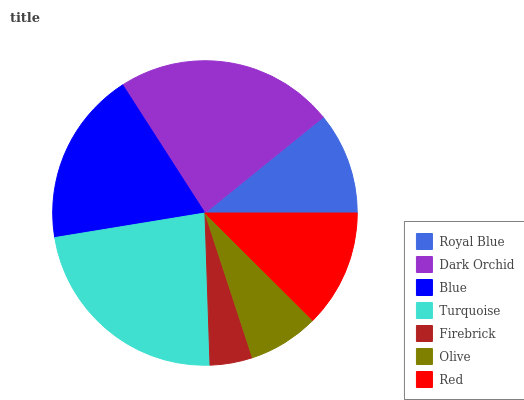
| Royal Blue | Dark Orchid | Blue | Turquoise | Firebrick | Olive | Red |
 | --- | --- | --- | --- | --- | --- | --- |
 | 10.8% | 23.3% | 18.5% | 22.9% | 4.52% | 7.5% | 12.5% |